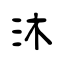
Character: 沐